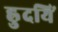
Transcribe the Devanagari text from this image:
ह्रुदयिं